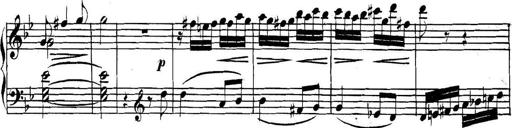
Title: Collected Piano Sonatas
Composer: Muzio Clementi